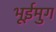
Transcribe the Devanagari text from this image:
भूईमुग